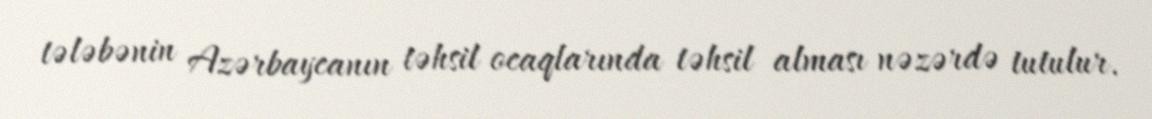
tələbənin Azərbaycanın təhsil ocaqlarında təhsil alması nəzərdə tutulur.